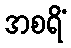
အစရိံ